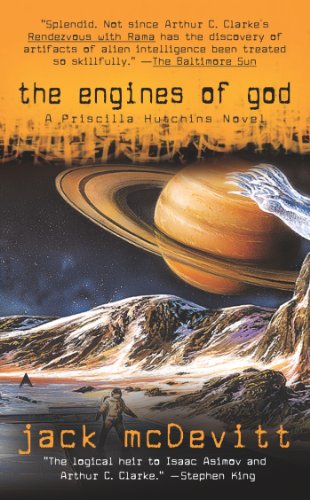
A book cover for The Engines of God; Jack McDevitt; Science Fiction & Fantasy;